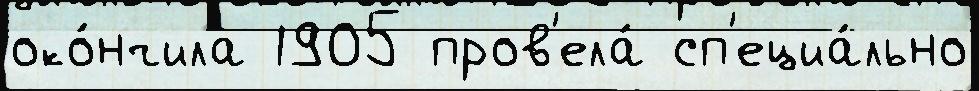
око́нчила 1905 пров'ела́ сп'ециа́льно